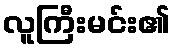
လူကြီးမင်း၏